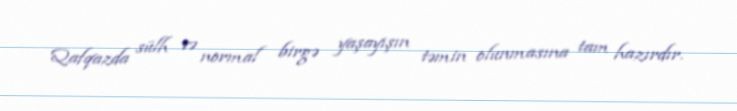
Qafqazda sülh və normal birgə yaşayışın təmin olunmasına tam hazırdır.